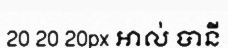
20 20 20px អាល់ បានី